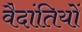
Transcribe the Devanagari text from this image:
वैदांतियों